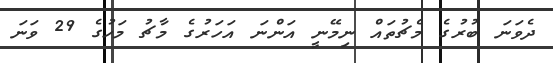
ދެވަނަ ބުރުގެ މެޗުތައް ނިމޭނީ އަންނަ އަަހަރުގެ މާޗު މަހުގެ 29 ވަނަ